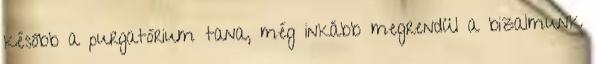
később a purgatórium tana, még inkább megrendül a bizalmunk